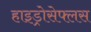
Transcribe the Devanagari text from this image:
हाइड्रोसेफ्लस